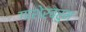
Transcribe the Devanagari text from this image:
गाशेरब्रुम